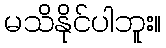
မသိနိုင်ပါဘူး။